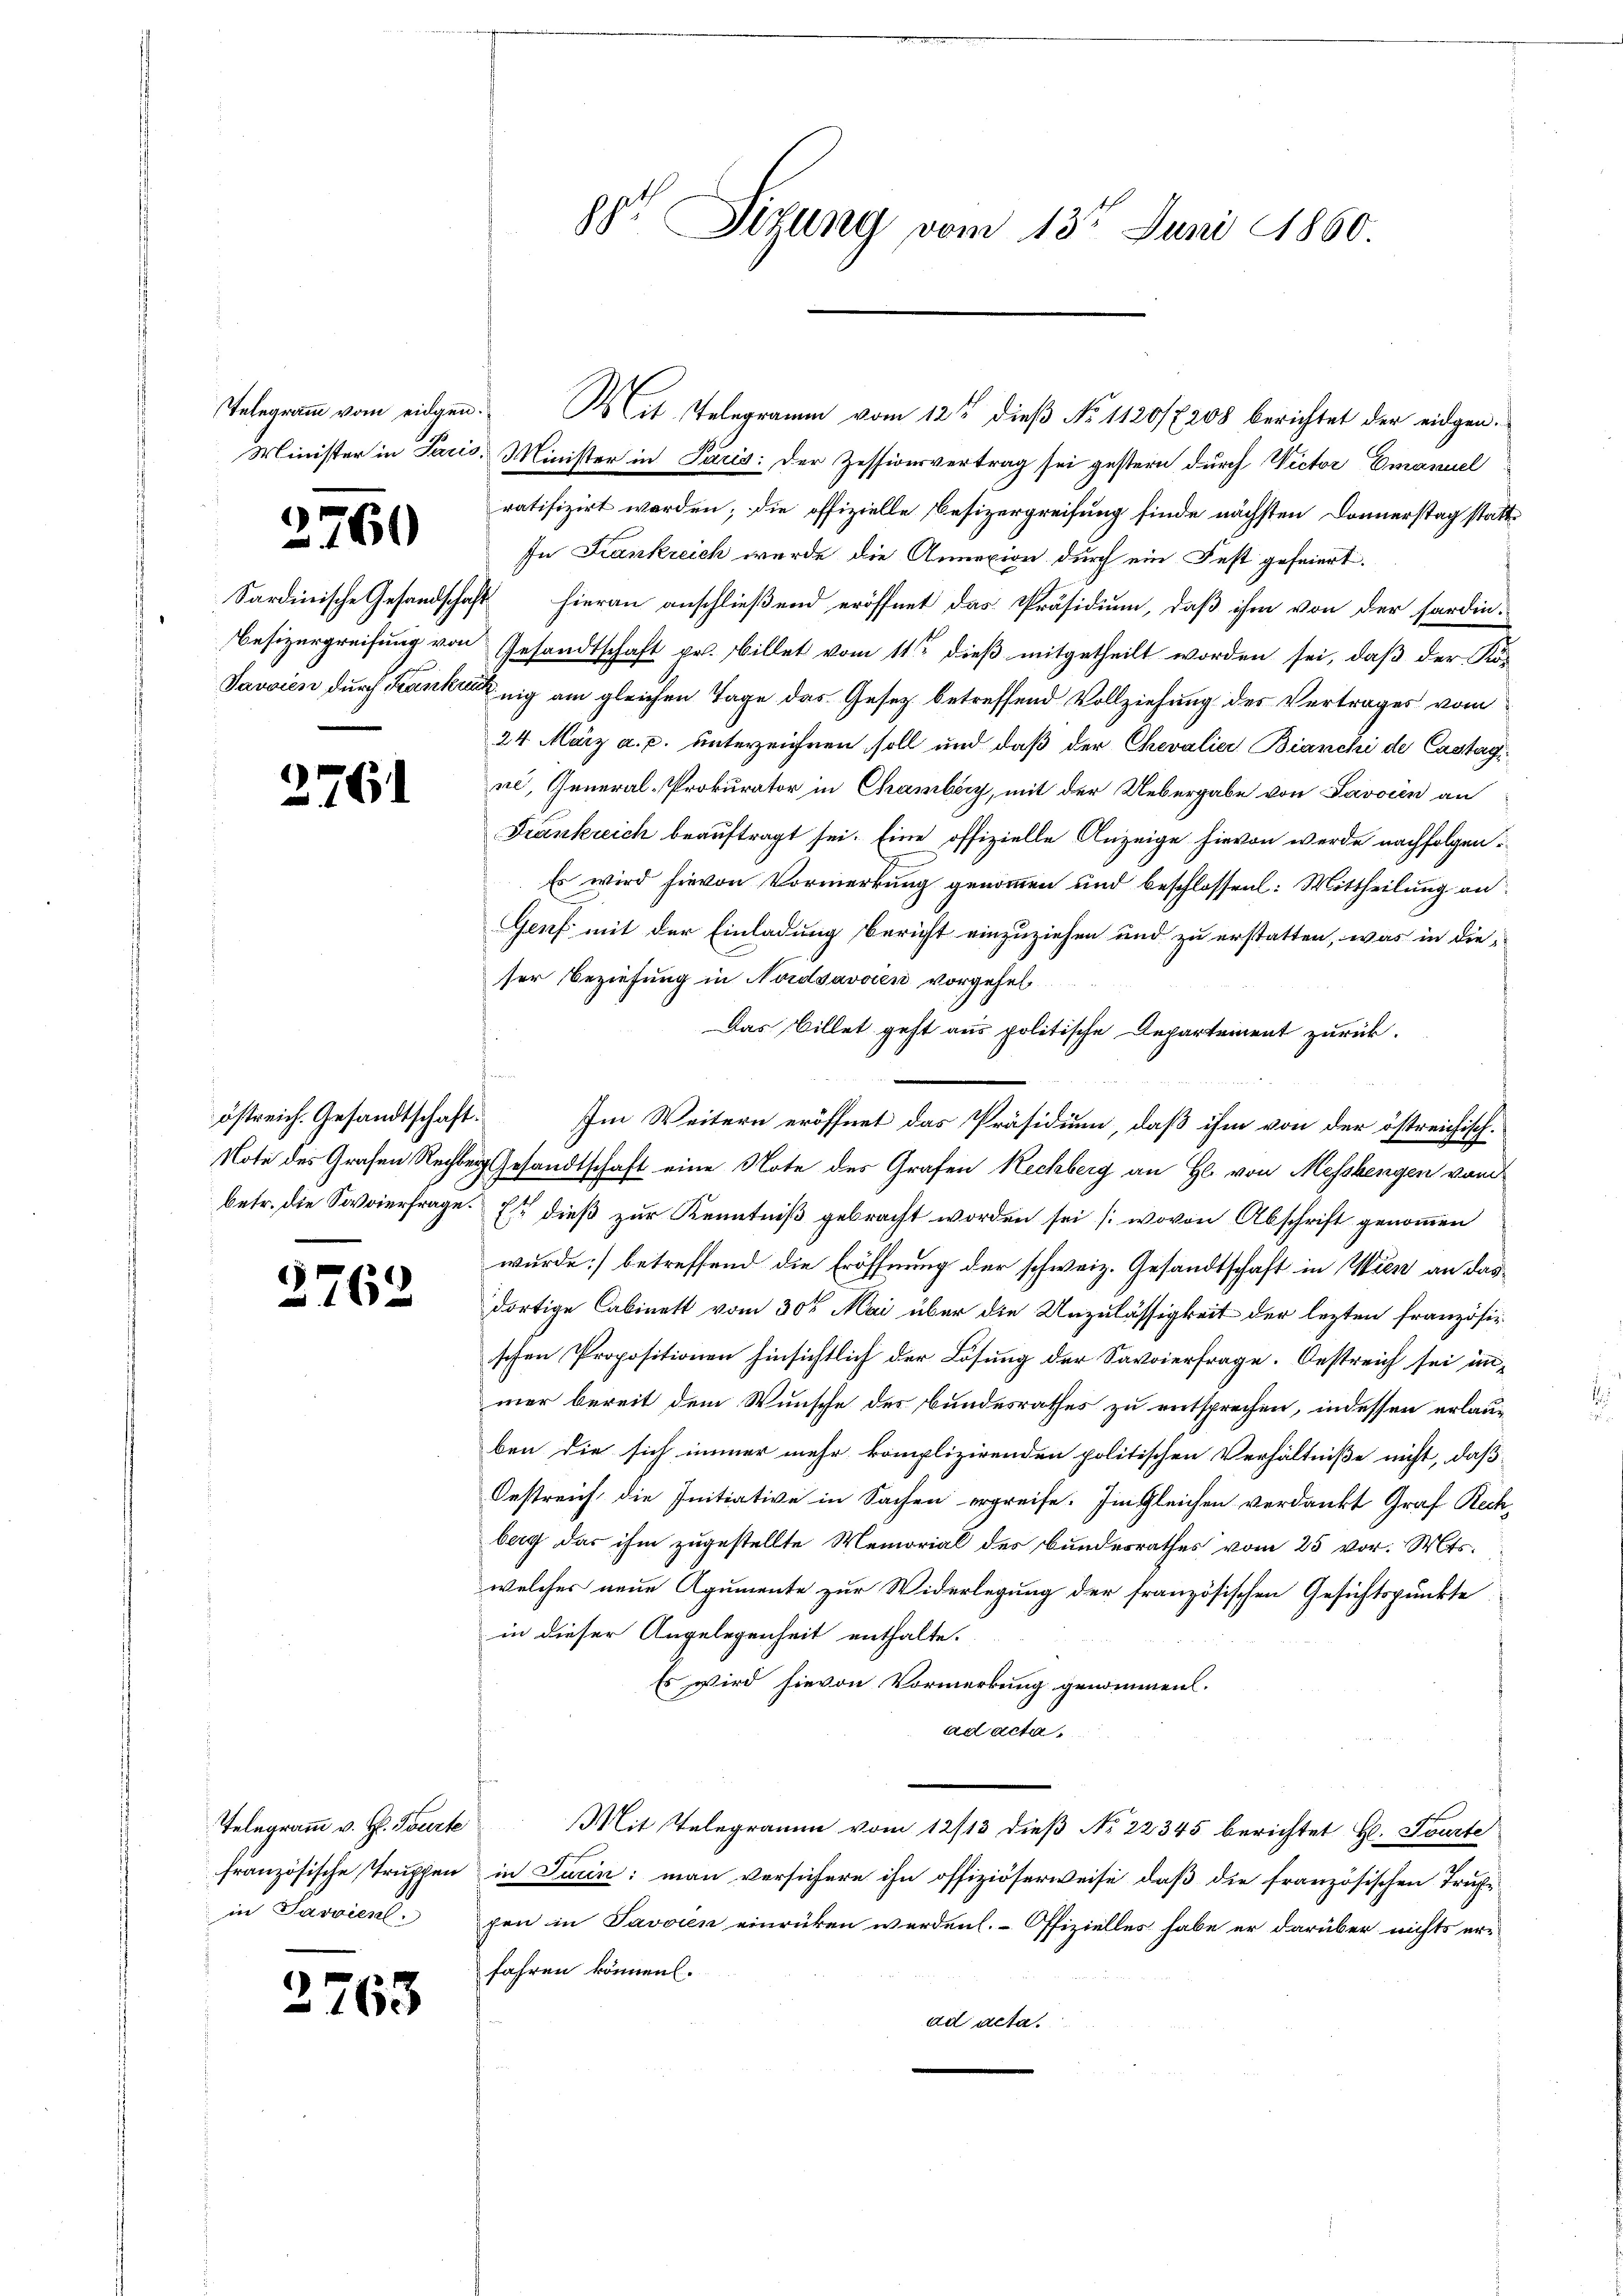
Telegramm vom eidgen

2761

s

Sardinische Gesandschaf
Besizergreifung von
Javaien durch Krankein

östreich. Gesandtschaft.
Note des Grafen Rechbebetr. die Sovierfrage.

2762

Telegramm v. H. Tourte
französische Struppen
in Passiere.

63

s

88te Situng vom 13t Juni 1860.

Mit Telegramm vom 12ten dieß No 1120/7208 berichtet der eidgen¬
Minister in Paris, Minister in Paris; der Zessionsvertrag sei gestern durch Victor Emanuel
ratifizirt worden; die offizielle Besizergreifung finde nächsten Donnerstag statt¬
In Krankreich wurde die Annexion durch ein Fest gefeiert.
hieran anschließend eröffnet das Präsidium, daß ihm von der Fardin-
Gesandtschaft pr. Billet vom 11ten dieß mitgetheilt worden sei, daß der Ko¬
Enig am gleichen Tage das Gesetz betreffend Vollziehung des Vertrages vom
24 März a. p. unterzeichnen soll und daß der Chevalici Bianchi de Castag,
ne, General-Prokurator in Chamberg, mit der Uebergabe von Savoien an
Frankreich beauftragt sei. Eine offizielle Anzeige hievon werde nachfolgen.
Es wird hievon Vormerkung genommen und beschlossen: Mittheilung an
Genf mit der Einladung bericht einzuziehen und zu erstatten, was in die-
ser Beziehung in Nordsavoien vorgehel
Das Billet geht aus politische Departement zurück.
Im Weitern eröffnet das Präsidium, daß ihm von der östreichisch-
Gesandtschaft eine Note des Grafen Rechberg an H. von Messkengen vom
Est dieß zur Kenntniß gebracht worden sei (wovon Abschrift genommen
wurde] betreffend die Eröffnung der schweiz. Gesandtschaft in Wien an das
dortige Cabinett vom 30t Mai über die Unzulässigkeit der lezten französischen Propositionen hinsichtlich der Lösung der Savoierfrage. Oestreich sei immer bereit dem Wunsche des Bundesrathes zu entsprechen, indessen erlauben die sich immer mehr komplizirenden politischen Verhältniße nicht, daß
Oestreich die Initiative in Sachen ergreife. Im Gleichen verdankt Graf Rechberg das ihm zugestellte Memorial des Bundesrathes vom 25 vor. Mts.
welcher neue Agumente zur Widerlegung der französischen Gesichtspunkte
in dieser Angelegenheit enthalte.
Es wird hievon Vormerkung genommen.
ad acta
Mit Telegramm vom 12/13 dieβ No 22345 berichtet Hr. Tourte
in Jurin: man versichere ihn offiziöserweise, daß die französischen Trup-
fen in Javaien einrücken werden. Offizielles habe er darüber nichts er-
fahren können.
ad acta.